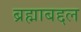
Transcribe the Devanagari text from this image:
ब्रह्माबद्दल